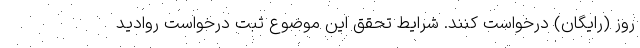
روز (رایگان) درخواست کنند. شرایط تحقق این موضوع ثبت درخواست روادید